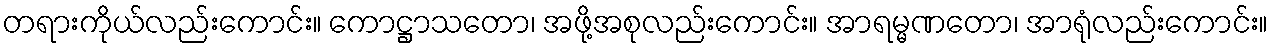
တရားကိုယ်လည်းကောင်း။ ကောဋ္ဌာသတော၊ အဖို့အစုလည်းကောင်း။ အာရမ္မဏတော၊ အာရုံလည်းကောင်း။